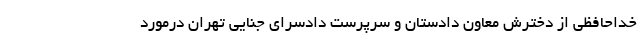
خداحافظی از دخترش معاون دادستان و سرپرست دادسرای جنایی تهران درمورد